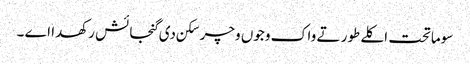
سوماتحت اکلے طور تے واک وجوں وچر سکن دی گنجائش رکھدا اے ۔